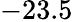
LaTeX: -23.5